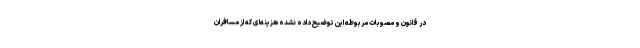
در قانون و مصوبات مربوطه این توضیح داده نشده هزینه‌ای که از مسافران